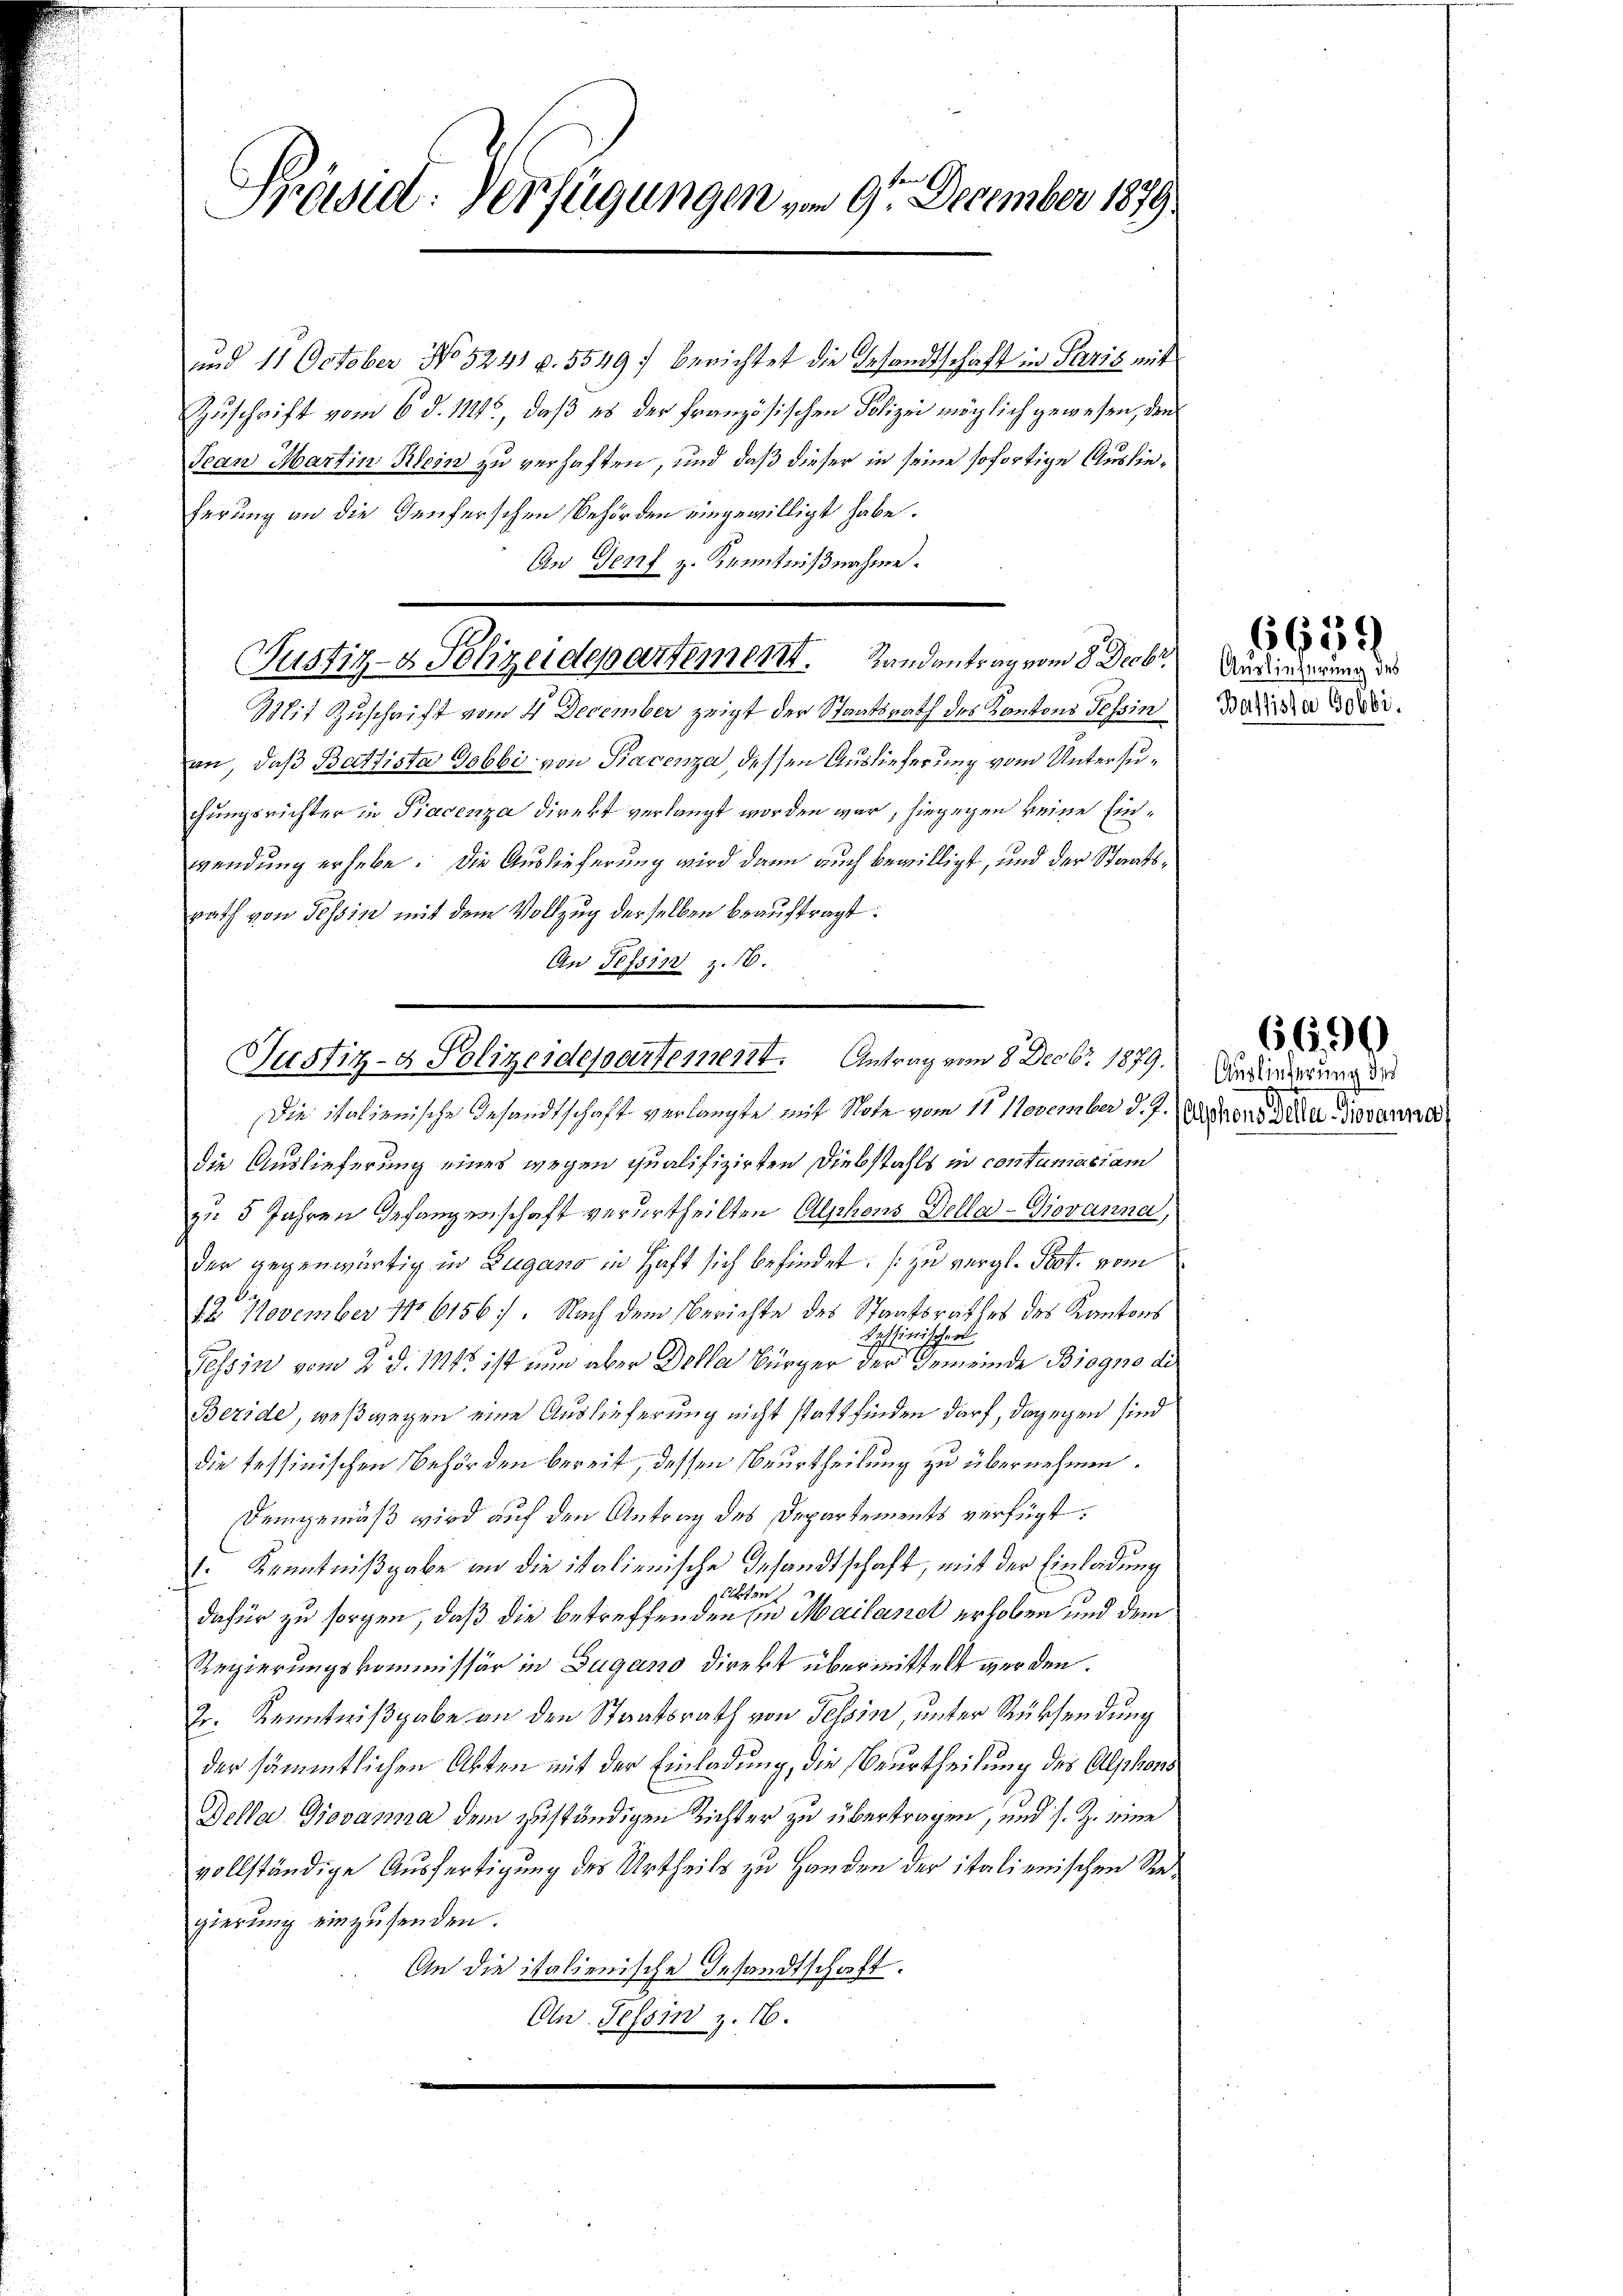
Präsent. Verfügungen von 91. December 1879

und 11 October No 5241 u. 5549) berichtet die Gesandtschaft in Paris mit
Zuschrift vom 6. d. 114, daß es der französischen Polizei möglich gewesen, den
Jean Martin Klein zu verhaften, und daß dieser in seine sofortige Auslieferung an die Teuferschen Behörden eingewilligt habe.
An Genf z. Kenntnißnahme.
Mit Zuschrift vom 4. December zeigt der Staatsrath des Kantons Tessin
an, daß Battista Gobbi- von Piacenza, dessen Auslieferung vom Untersuchungsrichter in Piacenza direkt verlangt worden war, hiegegen keine Einwendung erhebe. Die Auslieferung wird dann auch bewilligt, und der Staatsrath von Tessin mit dem Vollzug derselben beauftragt:
An Tessin z. 16.

Justiz- & Polizeidepartement. Randantrag vom 8. Decbr.

Justiz- & Polizeidepartement. Antrag vom 8. Decbr. 1879.

Die italienische Gesandtschaft verlangte mit Note vom 11. November d. J. Kantons den Jovanne
die Auslieferung eines wegen qualifizirten Diebstahls in contumaciam
zu 5 Jahren Gefangenschaft verurtheilten Alphons Della-Giovanna,
der gegenwärtig in Zugano in Haft sich befindet. (zu vergl. Prof. vom
2 November No 6156) Nach dem Berichte des Staatsrathes des Kantons
Ressinischer
Tessin vom 2. d. 114. ist nun aber Dolla Bürger der Gemeinde Biogno di
Beride, weßwegen eine Auslieferung nicht stattfinden darf, dagegen sind
die tessinischen Behörden bereit, dessen Beurtheilung zu übernehmen.
Demgemäß wird auf den Antrag des Departements verfügt:
1. Kenntnißgabe an die italienische Gesandtschaft, mit der Einleidung
gütten
dafür zu sorgen, daß die betreffenden Ein Mailanck erhoben und dem
Regierungskommissär in Zugano direkt übermittelt werden.
Dr. Kenntnißgabe an den Staatsrath von Felsin, unter Rücksendung
der sämmtlichen Akten mit der Einladung, die Beurtheilung des Alphons
Della Giovanna dem zuständigen Richter zu übertragen, und s. Z. eine
vollständige Ausfertigung des Urtheils zu Handen der italienischen Regierung einzusenden.
An die italienische Gesandtschaft.
On Tessin z. 16.

Auslieferung des
Ballista Gobbi.

6659

Auslieferung der

6690